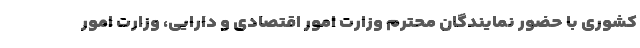
کشوری با حضور نمایندگان محترم وزارت امور اقتصادی و دارایی، وزارت امور